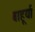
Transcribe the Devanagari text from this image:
बाहूर्या